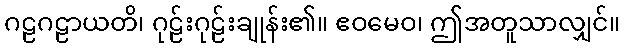
ဂဠဂဠာယတိ၊ ဂုဠ်းဂုဠ်းချုန်း၏။ ဧဝမေဝ၊ ဤအတူသာလျှင်။